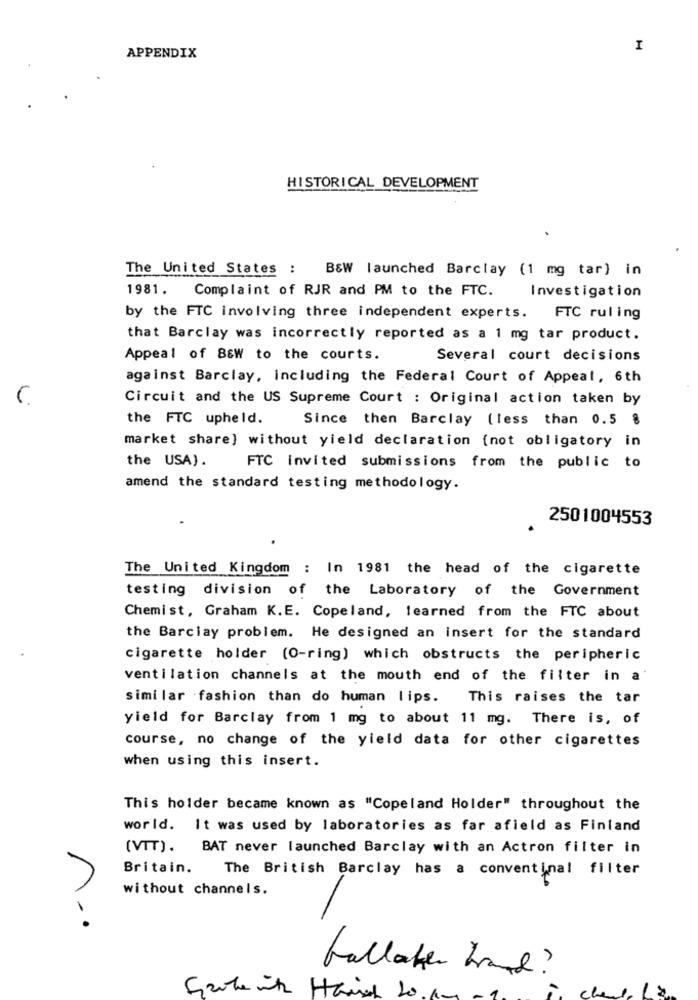
I
APPENDIX
HISTORICAL DEVELOPMENT
The United States : B&W launched Barclay (1 mg tar) in
Investigation
1981. Complaint of RJR and PM to the FTC.
by the FTC involving three independent experts. FTC ruling
that Barclay was incorrectly reported as a 1 mg tar product.
Appeal of B&W to the courts.
Several court decisions
against Barclay, including the Federal Court of Appeal, 6th
Circuit and the US Supreme Court : Original action taken by
the FTC upheld.
Since then Barclay (less than 0.5 %
market share) without yield declaration (not obligatory in
the USA).
FTC invited submissions from the public to
amend the standard testing methodology.
2501004553
The United Kingdom : In 1981 the head of the cigarette
testing division of the Laboratory of the Government
Chemist, Graham K.E. Copeland, learned from the FTC about
the Barclay problem. He designed an insert for the standard
cigarette holder (O-ring) which obstructs the peripheric
ventilation channels at the mouth end of the filter in a
similar fashion than do human lips. This raises the tar
yield for Barclay from 1 mg to about 11 mg. There is, of
course, no change of the yield data for other cigarettes
when using this insert.
This holder became known as "Copeland Holder" throughout the
world. It was used by laboratories as far afield as Finland
(VTT). BAT never launched Barclay with an Actron filter in
Britain.
The British Barclay has a conventinal filter
without channels.
fallaker brand ?